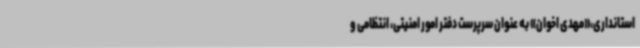
استانداری،«مهدی اخوان» به عنوان سرپرست دفتر امور امنیتی، انتظامی و